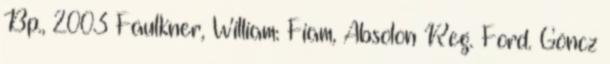
Bp., 2003 Faulkner, William: Fiam, Absolon Reg. Ford. Göncz